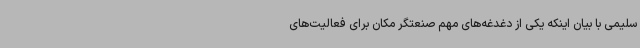
سلیمی با بیان اینکه یکی از دغدغه‌های مهم صنعتگر مکان برای فعالیت‌های